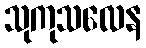
သုကုသလေန